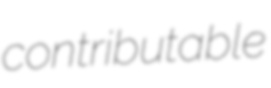
contributable